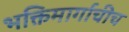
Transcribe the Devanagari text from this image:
भक्तिमार्गाचीच